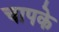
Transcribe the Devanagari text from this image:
चापके